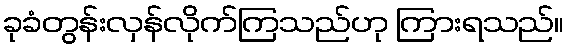
ခုခံတွန်းလှန်လိုက်ကြသည်ဟု ကြားရသည်။